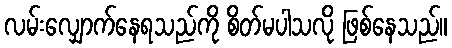
လမ်းလျှောက်နေရသည်ကို စိတ်မပါသလို ဖြစ်နေသည်။